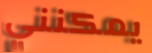
يمكنني